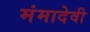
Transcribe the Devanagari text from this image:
मंमादेवी